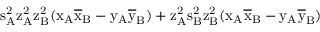
\mathrm { s _ { A } ^ { 2 } \mathrm { z _ { A } ^ { 2 } \mathrm { z _ { B } ^ { 2 } ( \mathrm { x _ { A } \mathrm { \overline { { x } } _ { B } - \mathrm { y _ { A } \mathrm { \overline { { y } } _ { B } ) + \mathrm { z _ { A } ^ { 2 } \mathrm { s _ { B } ^ { 2 } \mathrm { z _ { B } ^ { 2 } ( \mathrm { x _ { A } \mathrm { \overline { { x } } _ { B } - \mathrm { y _ { A } \mathrm { \overline { { y } } _ { B } ) } } } } } } } } } } } } } }